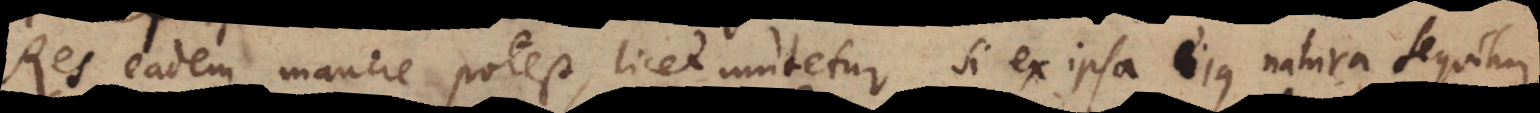
Res eadem manere potest, licet mutetur si ex ipsa ejus natura sequitur